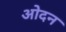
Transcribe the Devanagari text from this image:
ओदन